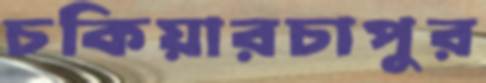
চকিয়ারচাপুর